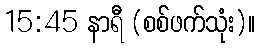
15:45 နာရီ (စစ်ဖက်သုံး)။